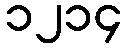
၁၂၁၄